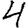
Digit: 4